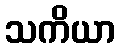
သကိယာ